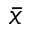
\bar { x }